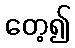
တေ့၍